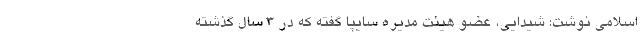
اسلامی نوشت: شیدایی، عضو هیئت ‌مدیره سایپا گفته که در ۳ سال گذشته